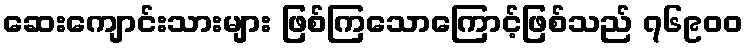
ဆေးကျောင်းသားများ ဖြစ်ကြသောကြောင့်ဖြစ်သည် ၇၆၉၀၀